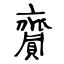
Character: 齎